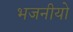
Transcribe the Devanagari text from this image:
भजनीयो